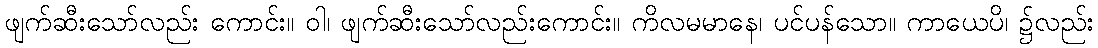
ဖျက်ဆီးသော်လည်း ကောင်း။ ဝါ၊ ဖျက်ဆီးသော်လည်းကောင်း။ ကိလမမာနေ၊ ပင်ပန်သော။ ကာယေပိ၊ ၌လည်း